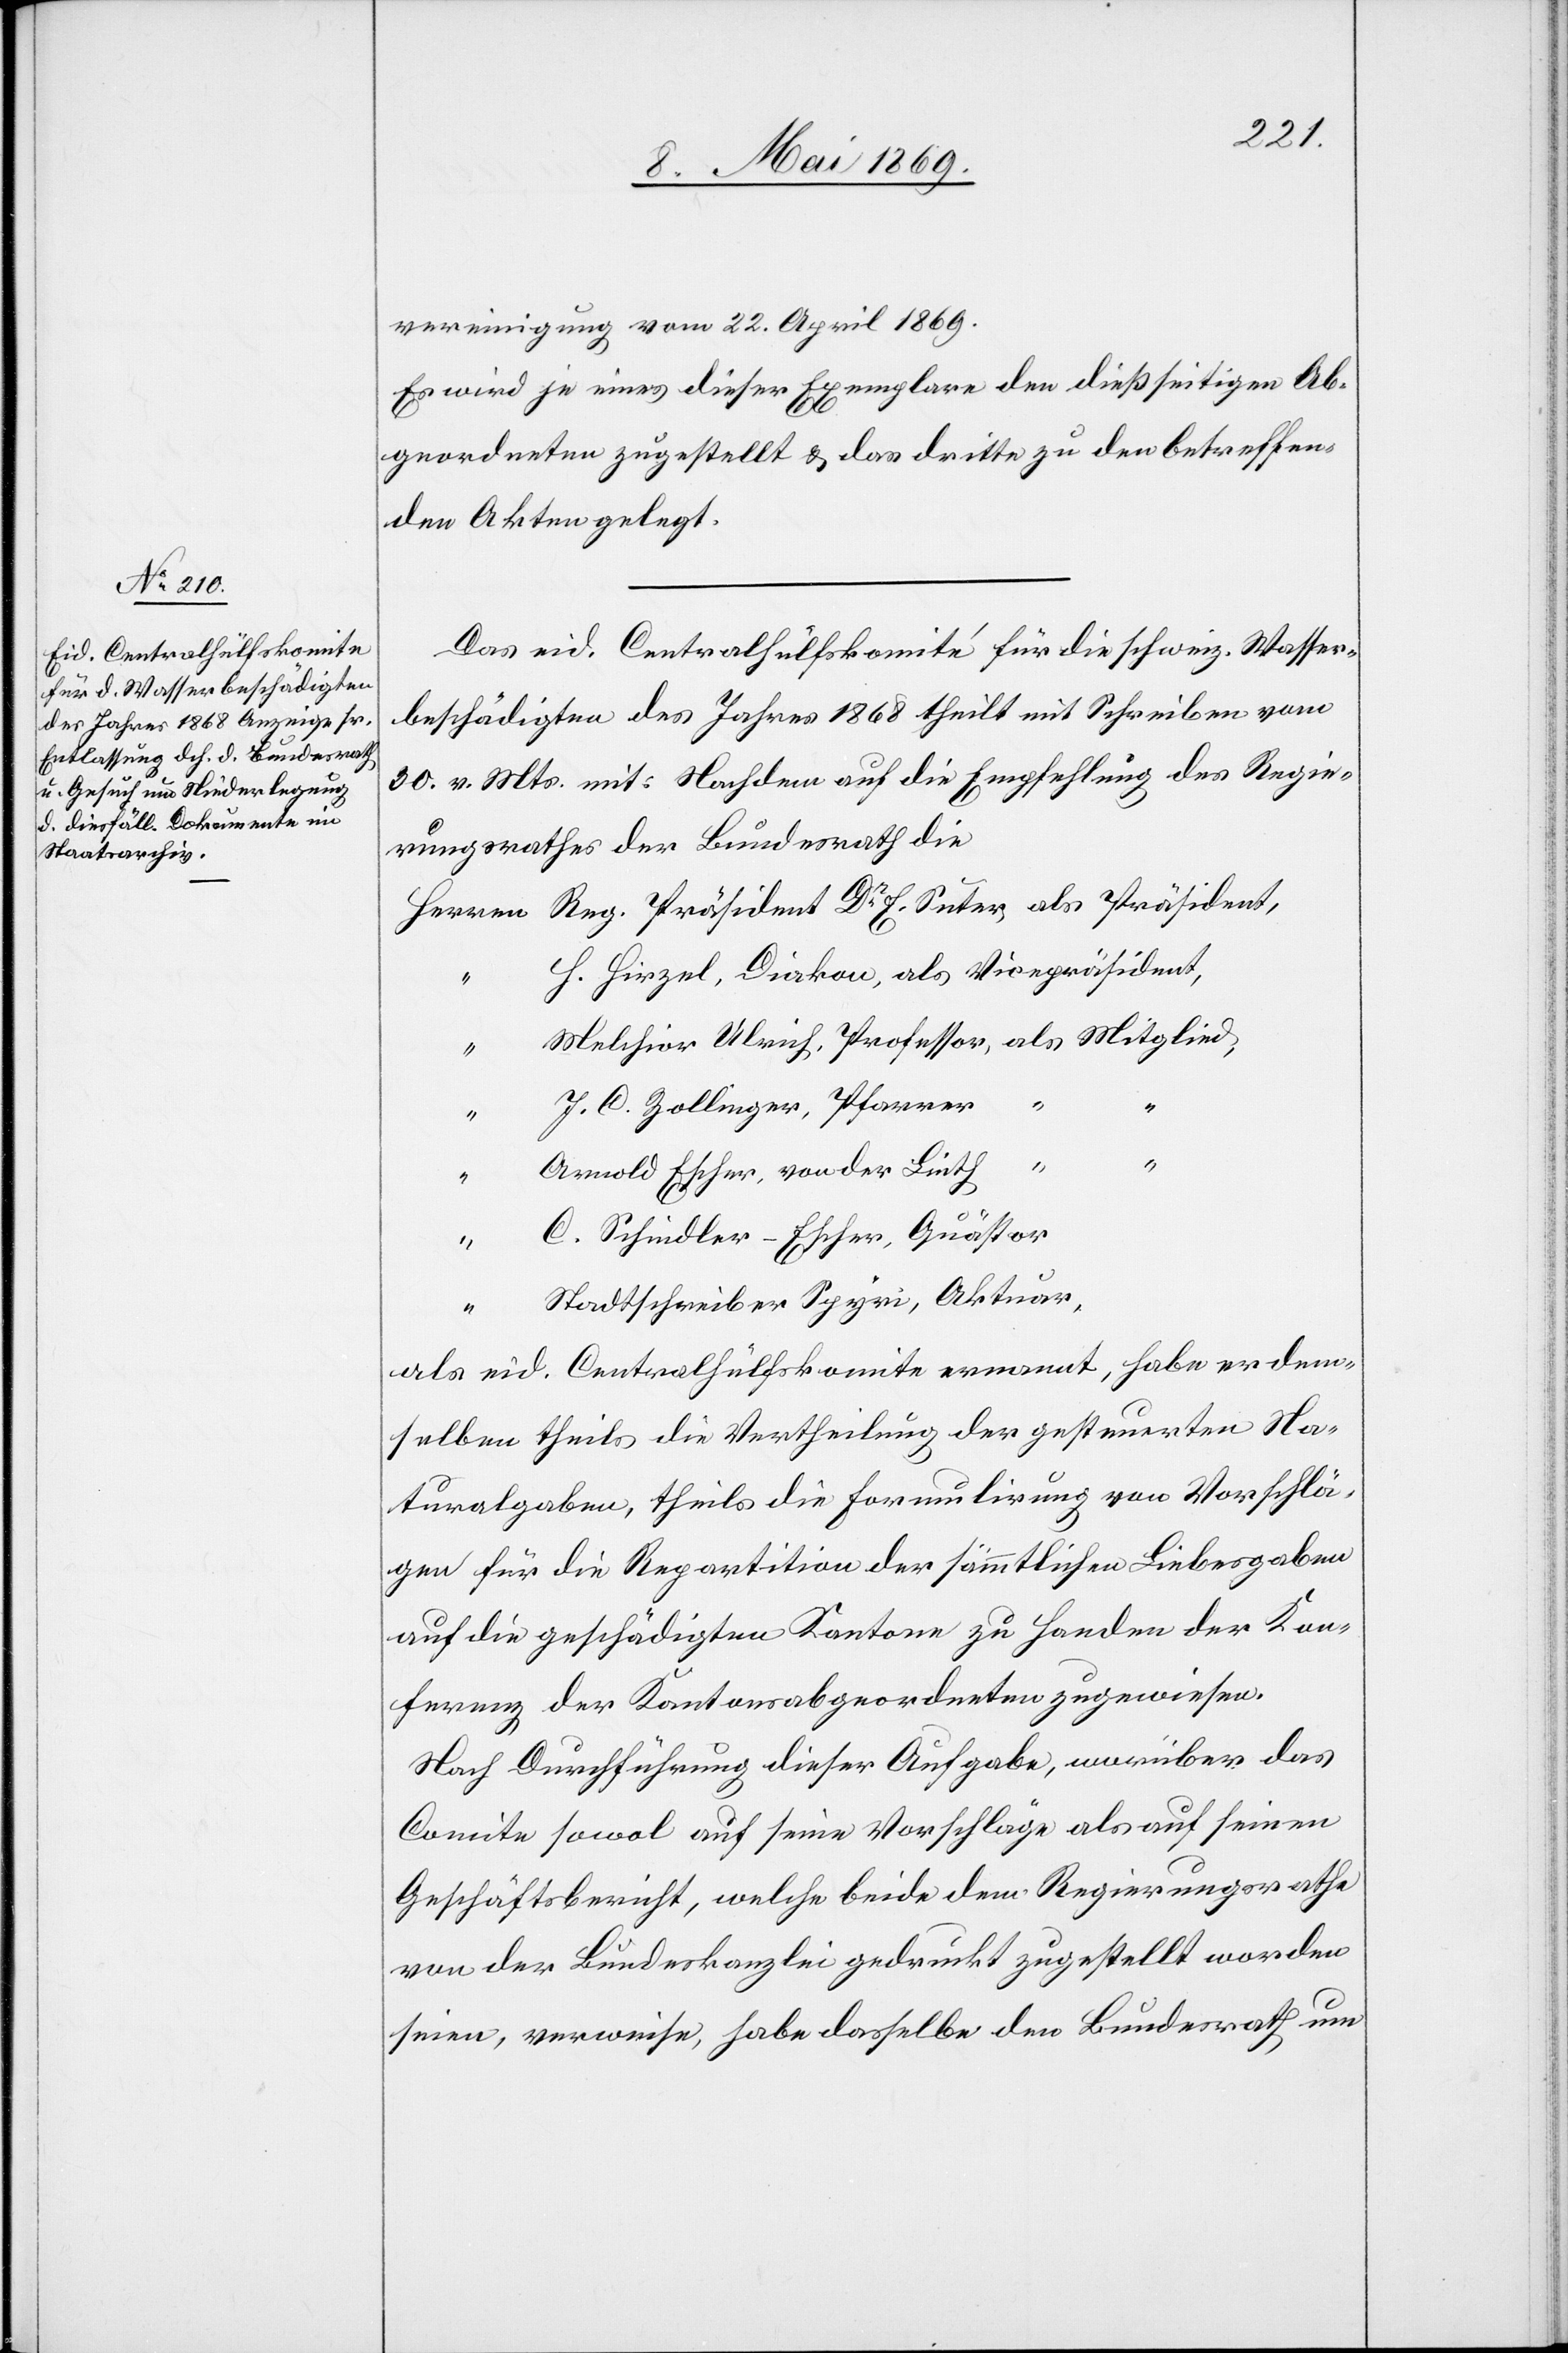
vereinigung vom 22. April 1869.
Es wird je eines dieser Exemplare den dießseitigen Ab¬
geordneten zugestellt u. das dritte zu den betreffen¬
den Akten gelegt.
Das eid. Centralhülfskomité für die schweiz. Wasser¬
beschädigten des Jahres 1868 theilt mit Schreiben vom
30. v. Mts. mit: Nachdem auf die Empfehlung des Regie¬
rungsrathes der Bundesrath die
Herren Reg. Präsident Dr E. Suter, als Präsident,
H. Hirzel, Diakon, als Vicepräsident,
Melchior Ulrich, Professor, als Mitglied,
“
J. C. Zollinger, Pfarrer
“
“
“
Arnold Escher, von der Linth
C. Schindler-Escher, Quästor
Stadtschreiber Spyri, Aktuar
“
als eid. Centralhülfskomite ernannt, habe er dem¬
selben theils die Vertheilung der gesteuerten Na¬
turalgaben, theils die Formulirung von Vorschlä¬
gen für die Repartition der sämmtlichen Liebesabgaben
auf die geschädigten Kantone zu Handen der Kon¬
ferenz der Kantonsabgeordneten zugewiesen.
Nach Durchführung dieser Aufgabe, worüber das
Comite sowol auf seine Vorschläge als auf seinen
Geschäftsbericht, welche beide dem Regierungsrathe
von der Bundeskanzlei gedruckt zugestellt worden
seien, verweise, habe dasselbe den Bundesrath um